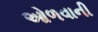
ઓળવાની